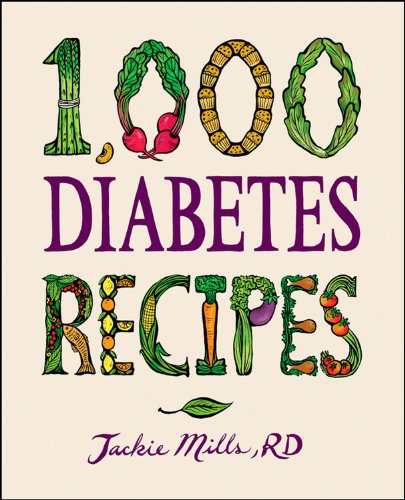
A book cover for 1,000 Diabetes Recipes (1,000 Recipes); Jackie Mills; Cookbooks, Food & Wine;